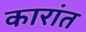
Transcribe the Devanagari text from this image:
कारांत